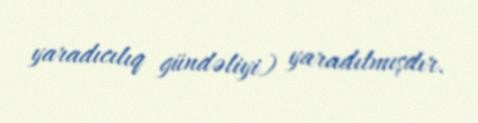
yaradıcılıq gündəliyi) yaradılmışdır.